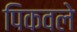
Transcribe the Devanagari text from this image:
पिकवले